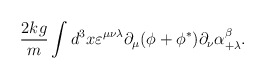
\begin{align*}{2kg\over m} \int d^3x \varepsilon^{\mu \nu \lambda}\partial_{\mu} (\phi +\phi^*) \partial_\nu \alpha^\beta_{+\lambda} .\end{align*}